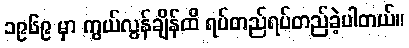
၁၉၆၉ မှာ ကွယ်လွန်ချိန်ထိ ရပ်တည်ရပ်တည်ခဲ့ပါတယ်။